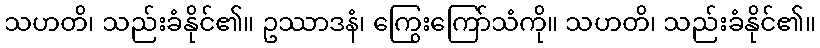
သဟတိ၊ သည်းခံနိုင်၏။ ဥဿာဒနံ၊ ကြွေးကြော်သံကို။ သဟတိ၊ သည်းခံနိုင်၏။